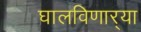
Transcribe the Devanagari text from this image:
घालविणार्‍या